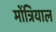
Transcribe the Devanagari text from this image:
मोंत्रियाल